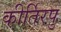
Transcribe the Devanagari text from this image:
कीर्तिरपु